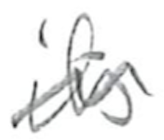
Text: its
Cross-out: wave
Writing tool: pencil